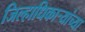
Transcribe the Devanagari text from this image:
जिल्हाधिकाऱ्यांच्या